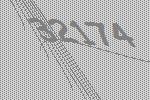
32174